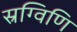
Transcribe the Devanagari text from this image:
स्रग्विणि